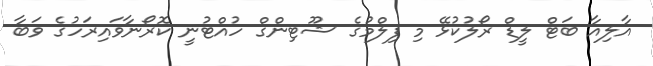
އާލިއާ ބަޓް ލީޑް ރޯލުކުޅޭ މި ފިލްމުގެ ޝޫޓިންގް ހުއްޓުނީ ކޮރޯނާވައިރަހުގެ ވަބާ